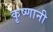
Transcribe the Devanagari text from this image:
कृष्णानी